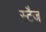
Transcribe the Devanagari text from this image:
स्टैज